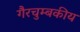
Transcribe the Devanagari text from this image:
गैरचुम्बकीय